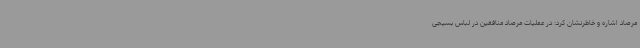
مرصاد اشاره و خاطرنشان کرد: در عملیات مرصاد منافقین در لباس بسیجی